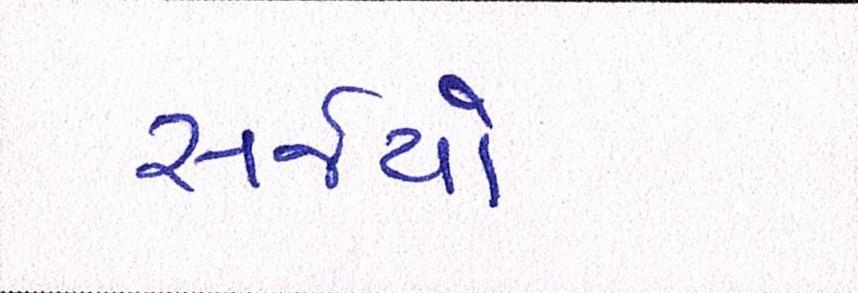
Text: સર્જયો